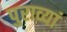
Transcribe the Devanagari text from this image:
पुराव्यां